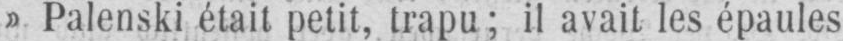
» Palenski était petit, trapu; il avait les épaules